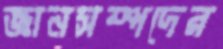
জ্ঞানসম্পদের